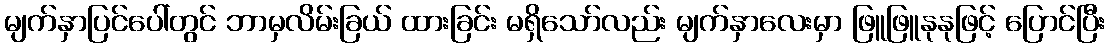
မျက်နှာပြင်ပေါ်တွင် ဘာမှလိမ်းခြယ် ထားခြင်း မရှိသော်လည်း မျက်နှာလေးမှာ ဖြူဖြူနုနုဖြင့် ပြောင်ပြီး